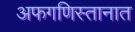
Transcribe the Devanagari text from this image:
अफगणिस्तानात